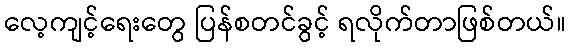
လေ့ကျင့်ရေးတွေ ပြန်စတင်ခွင့် ရလိုက်တာဖြစ်တယ်။